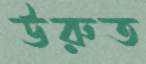
উরুত